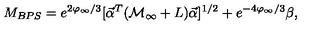
M _ { B P S } = e ^ { 2 \varphi _ { \infty } / 3 } [ { \vec { \alpha } } ^ { T } ( { \cal M } _ { \infty } + { L } ) { \vec { \alpha } } ] ^ { 1 / 2 } + e ^ { - 4 \varphi _ { \infty } / 3 } \beta ,